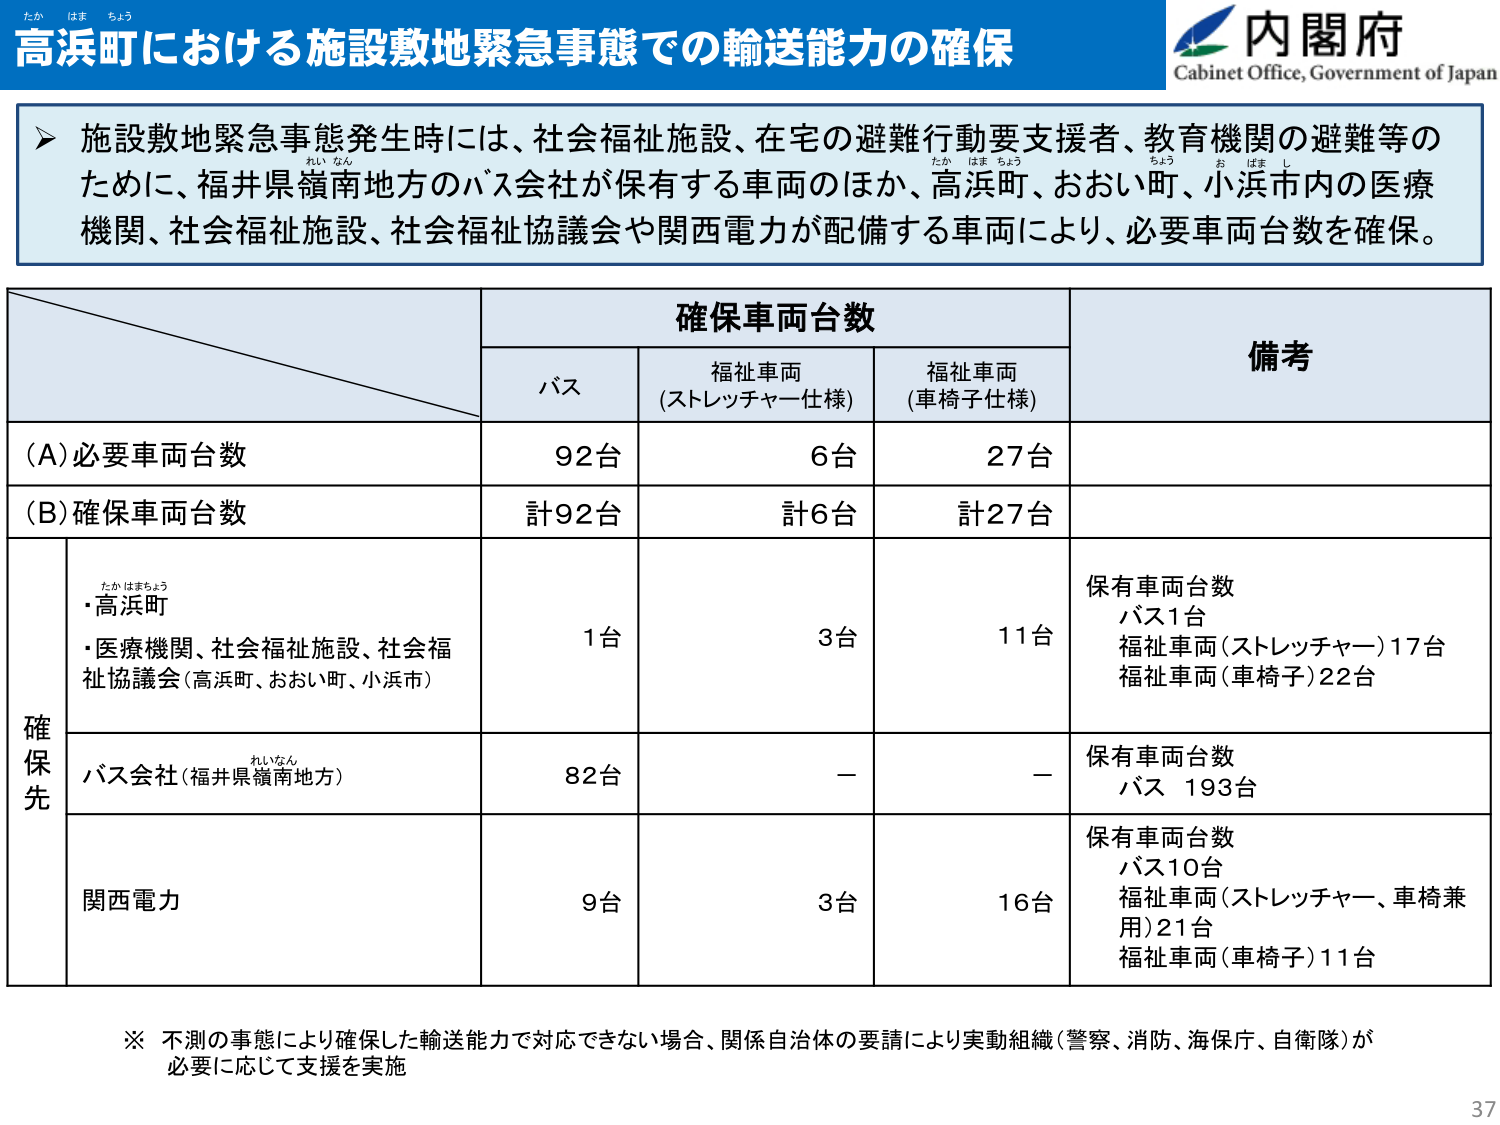
高浜町における施設敷地緊急事態での輸送能力の確保

内閣府
Cabinet Office, Government of Japan

▶ 施設敷地緊急事態発生時には、社会福祉施設、在宅の避難行動要支援者、教育機関の避難等のため、福井県嶺南地方のバス会社が保有する車両のほか、高浜町、おおい町、小浜市内の医療機関、社会福祉施設、社会福祉協議会や関西電力が配備する車両により、必要車両台数を確保。

確保車両台数
バス　　福祉車両（ストレッチャー仕様）　　福祉車両（車椅子仕様）　　備考

(A)必要車両台数　　　　　　　92台　　　　　6台　　　　　　27台

(B)確保車両台数　　　　　　　計92台　　　　計6台　　　　　計27台

確保先
・高浜町
・医療機関、社会福祉施設、社会福祉協議会（高浜町、おおい町、小浜市）　　　　　1台　　　　　3台　　　　　11台　　　保有車両台数
バス1台
福祉車両（ストレッチャー）17台
福祉車両（車椅子）22台

バス会社（福井県嶺南地方）　　　　　82台　　　　　－　　　　　　－　　　保有車両台数
バス 193台

関西電力　　　　　　　　　　　　　　9台　　　　　3台　　　　　16台　　　保有車両台数
バス10台
福祉車両（ストレッチャー、車椅兼用）21台
福祉車両（車椅子）11台

※ 不測の事態により確保した輸送能力で対応できない場合、関係自治体の要請により実動組織（警察、消防、海保庁、自衛隊）が必要に応じて支援を実施

37